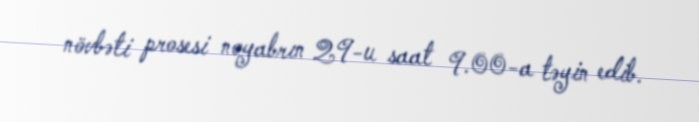
növbəti prosesi noyabrın 29-u saat 9.00-a təyin edib.